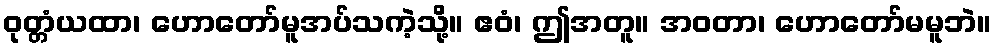
ဝုတ္တံယထာ၊ ဟောတော်မူအပ်သကဲ့သို့။ ဧဝံ၊ ဤအတူ။ အဝတာ၊ ဟောတော်မမူဘဲ။